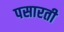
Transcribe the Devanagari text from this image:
पसारती